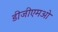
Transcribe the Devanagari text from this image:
डीजीएमओ